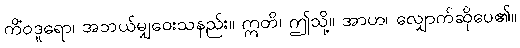
ကိံဝဒူရော၊ အဘယ်မျှဝေးသနည်း။ ဣတိ၊ ဤသို့။ အာဟ၊ လျှောက်ဆိုပေ၏။